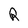
Character: R